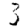
Digit: 3